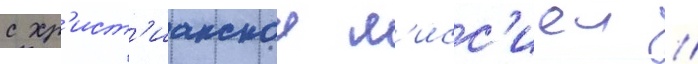
с хр'ист'ианскои м'исс'иеи //